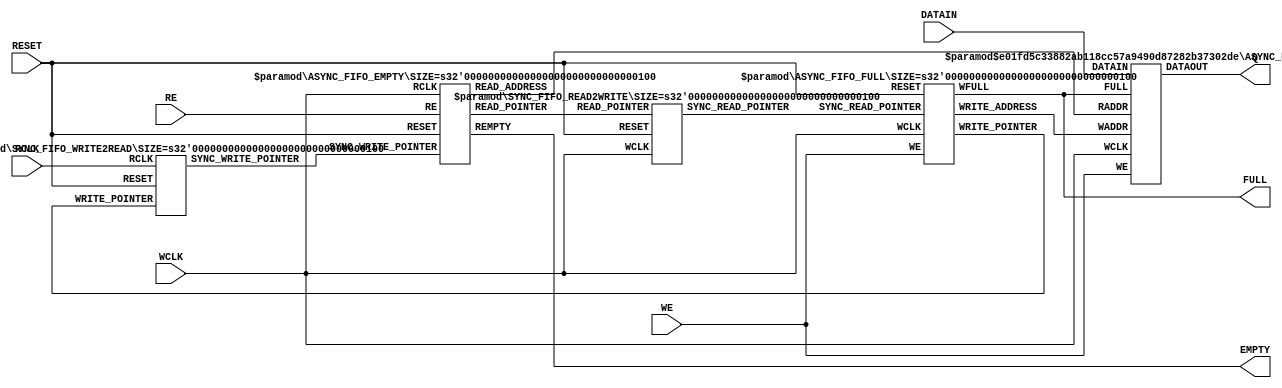
module AsyncFIFO #(
    parameter
        BITS = 8,
        SIZE = 4
) (
    input  wire            RCLK, WCLK, RESET,
    input  wire            WE, RE,
    input  wire [BITS-1:0] DATAIN,
    output wire [BITS-1:0] Q,
    output wire            FULL, EMPTY 
);
/*
Description

    
    

    Parameter 
        None

    in : CLOCK      
    in : NRESET     
    in : SCYCLE     ?
    in : LIMIT      
    out: OUT        
*/

// 
// ----------------------------------------------
wire [SIZE-1:0] WADDR, RADDR;
wire [SIZE:0]   WRITE_POINTER, READ_POINTER, SYNC_WRITE_POINTER, SYNC_READ_POINTER;
ASYNC_FIFO_FULL      #(.SIZE(SIZE))              uFull  (.WCLK(WCLK), .RESET(RESET), .WE(WE), .SYNC_READ_POINTER(SYNC_READ_POINTER), .WRITE_ADDRESS(WADDR), .WRITE_POINTER(WRITE_POINTER), .WFULL(FULL)); 
ASYNC_FIFO_EMPTY     #(.SIZE(SIZE))              uEmpty (.RCLK(WCLK), .RESET(RESET), .RE(RE), .SYNC_WRITE_POINTER(SYNC_WRITE_POINTER), .READ_ADDRESS(RADDR), .READ_POINTER(READ_POINTER), .REMPTY(EMPTY));
SYNC_FIFO_READ2WRITE #(.SIZE(SIZE))              uSyncW (.WCLK(WCLK), .RESET(RESET), .READ_POINTER(READ_POINTER), .SYNC_READ_POINTER(SYNC_READ_POINTER));
SYNC_FIFO_WRITE2READ #(.SIZE(SIZE))              uSyncR (.RCLK(RCLK), .RESET(RESET), .WRITE_POINTER(WRITE_POINTER), .SYNC_WRITE_POINTER(SYNC_WRITE_POINTER));
ASYNC_FIFO_MEMORY    #(.BITS(BITS), .SIZE(SIZE)) uMem   (.WCLK(WCLK), .WE(WE), .FULL(FULL), .WADDR(WADDR), .RADDR(RADDR), .DATAIN(DATAIN), .DATAOUT(Q));

endmodule

module ASYNC_FIFO_FULL #(
    parameter
        SIZE = 4
) (
    input  wire            WCLK, RESET,
    input  wire            WE,
    input  wire [SIZE:0]   SYNC_READ_POINTER,
    output wire [SIZE-1:0] WRITE_ADDRESS,
    output reg  [SIZE:0]   WRITE_POINTER,
    output reg             WFULL
);
    reg  [SIZE:0] writeBin = 0;
    wire [SIZE:0] writeBinNext, writeGrayNext;
    wire   fullFlag = (writeGrayNext == ({~SYNC_READ_POINTER[SIZE:SIZE-1], SYNC_READ_POINTER[SIZE-2:0]}));
    assign WRITE_ADDRESS = writeBin[SIZE-1:0];
    assign writeBinNext = writeBin + (WE & ~WFULL);
    assign writeGrayNext = (writeBinNext >> 1) ^ writeBinNext;
    always @(posedge WCLK, negedge RESET) begin
        if (~RESET) begin
            WFULL <= 0;
            {writeBin, WRITE_POINTER} <= 0;
        end else begin
            WFULL <= fullFlag;
            {writeBin, WRITE_POINTER} <= {writeBinNext, writeGrayNext};
        end
    end
endmodule

module ASYNC_FIFO_EMPTY #(
    parameter
        SIZE = 4
) (
    input  wire            RCLK, RESET,
    input  wire            RE,
    input  wire [SIZE:0]   SYNC_WRITE_POINTER,
    output wire [SIZE-1:0] READ_ADDRESS,
    output reg  [SIZE:0]   READ_POINTER,
    output reg             REMPTY
);
    reg  [SIZE:0] readBin = 0;
    wire [SIZE:0] readBinNext, readGrayNext;
    wire   readFlag = (readGrayNext == SYNC_WRITE_POINTER);
    assign READ_ADDRESS = readBin[SIZE-1:0];
    assign readBinNext  = readBin + (RE & ~REMPTY);
    assign readGrayNext = (readBinNext >> 1) ^ readBinNext;
    always @(posedge RCLK, negedge RESET) begin
        if (~RESET) begin
            REMPTY <= 1;
            {readBin, READ_POINTER} <= 0;
        end else begin
            REMPTY <= readFlag;
            {readBin, READ_POINTER} <= {readBinNext, readGrayNext};
        end
    end
endmodule

module ASYNC_FIFO_MEMORY #(
    parameter
        BITS = 8,
        SIZE = 4
) (
    input  wire            WCLK, WE, FULL, 
    input  wire [SIZE-1:0] WADDR, RADDR,
    input  wire [BITS-1:0] DATAIN,
    output wire [BITS-1:0] DATAOUT
);
    localparam DEPTH = 1 << SIZE;
    reg [BITS-1:0] mem [DEPTH-1:0];
    assign DATAOUT = mem[RADDR];
    always @(posedge WCLK) begin
        if (WE && ~FULL) begin
            mem[WADDR] <= DATAIN;
        end
    end
endmodule

module SYNC_FIFO_WRITE2READ #(
    parameter
        SIZE = 4
) (
    input  wire          RCLK, RESET,
    input  wire [SIZE:0] WRITE_POINTER,
    output reg  [SIZE:0] SYNC_WRITE_POINTER
);
    reg [SIZE:0] FF;
    always @(posedge RCLK, negedge RESET) begin
        if (~RESET) begin
            {SYNC_WRITE_POINTER, FF} <= 0;
        end else begin
            {SYNC_WRITE_POINTER, FF} <= {FF, WRITE_POINTER};
            // SYNC_WRITE_POINTER <= WRITE_POINTER;
        end
    end
endmodule

module SYNC_FIFO_READ2WRITE #(
    parameter
        SIZE = 4
) (
    input  wire          WCLK, RESET,
    input  wire [SIZE:0] READ_POINTER,
    output reg  [SIZE:0] SYNC_READ_POINTER
);
    reg [SIZE:0] FF;
    always @(posedge WCLK, negedge RESET) begin
        if (~RESET) begin
            {SYNC_READ_POINTER, FF} <= 0;
        end else begin
            {SYNC_READ_POINTER, FF} <= {FF, READ_POINTER};
            // SYNC_READ_POINTER <= READ_POINTER;
        end
    end
endmodule

// module ASYNCFIFO #(
//     parameter
//         BITS = 8,
//         SIZE = 4
// ) (
//     input  wire            RCLK, WCLK, RESET,
//     input  wire            WE, RE,
//     input  wire [BITS-1:0] DATAIN,
//     output wire [BITS-1:0] Q,
//     output wire            FULL, EMPTY
// );
//     wire [SIZE-1:0] WADDR, RADDR;
//     wire [SIZE:0]   WRITE_POINTER, READ_POINTER, SYNC_WRITE_POINTER, SYNC_READ_POINTER;
//     ASYNC_FIFO_FULL      #(.SIZE(SIZE))              uFull  (.WCLK(WCLK), .RESET(RESET), .WE(WE), .SYNC_READ_POINTER(SYNC_READ_POINTER), .WRITE_ADDRESS(WADDR), .WRITE_POINTER(WRITE_POINTER), .WFULL(FULL)); 
//     ASYNC_FIFO_EMPTY     #(.SIZE(SIZE))              uEmpty (.RCLK(WCLK), .RESET(RESET), .RE(RE), .SYNC_WRITE_POINTER(SYNC_WRITE_POINTER), .READ_ADDRESS(RADDR), .READ_POINTER(READ_POINTER), .REMPTY(EMPTY));
//     SYNC_FIFO_READ2WRITE #(.SIZE(SIZE))              uSyncW (.WCLK(WCLK), .RESET(RESET), .READ_POINTER(READ_POINTER), .SYNC_READ_POINTER(SYNC_READ_POINTER));
//     SYNC_FIFO_WRITE2READ #(.SIZE(SIZE))              uSyncR (.RCLK(RCLK), .RESET(RESET), .WRITE_POINTER(WRITE_POINTER), .SYNC_WRITE_POINTER(SYNC_WRITE_POINTER));
//     ASYNC_FIFO_MEMORY    #(.BITS(BITS), .SIZE(SIZE)) uMem   (.WCLK(WCLK), .WE(WE), .FULL(FULL), .WADDR(WADDR), .RADDR(RADDR), .DATAIN(DATAIN), .DATAOUT(Q));
// endmodule

// module ASYNC_FIFO_FULL #(
//     parameter
//         SIZE = 4
// ) (
//     input  wire            WCLK, RESET,
//     input  wire            WE,
//     input  wire [SIZE:0]   SYNC_READ_POINTER,
//     output wire [SIZE-1:0] WRITE_ADDRESS,
//     output reg  [SIZE:0]   WRITE_POINTER,
//     output reg             WFULL
// );
//     reg  [SIZE:0] writeBin = 0;
//     wire [SIZE:0] writeBinNext, writeGrayNext;
//     wire   fullFlag = (writeGrayNext == ({~SYNC_READ_POINTER[SIZE:SIZE-1], SYNC_READ_POINTER[SIZE-2:0]}));
//     assign WRITE_ADDRESS = writeBin[SIZE-1:0];
//     assign writeBinNext = writeBin + (WE & ~WFULL);
//     assign writeGrayNext = (writeBinNext >> 1) ^ writeBinNext;
//     always @(posedge WCLK, negedge RESET) begin
//         if (~RESET) begin
//             WFULL <= 0;
//             {writeBin, WRITE_POINTER} <= 0;
//         end else begin
//             WFULL <= fullFlag;
//             {writeBin, WRITE_POINTER} <= {writeBinNext, writeGrayNext};
//         end
//     end
// endmodule

// module ASYNC_FIFO_EMPTY #(
//     parameter
//         SIZE = 4
// ) (
//     input  wire            RCLK, RESET,
//     input  wire            RE,
//     input  wire [SIZE:0]   SYNC_WRITE_POINTER,
//     output wire [SIZE-1:0] READ_ADDRESS,
//     output reg  [SIZE:0]   READ_POINTER,
//     output reg             REMPTY
// );
//     reg  [SIZE:0] readBin = 0;
//     wire [SIZE:0] readBinNext, readGrayNext;
//     wire   readFlag = (readGrayNext == SYNC_WRITE_POINTER);
//     assign READ_ADDRESS = readBin[SIZE-1:0];
//     assign readBinNext  = readBin + (RE & ~REMPTY);
//     assign readGrayNext = (readBinNext >> 1) ^ readBinNext;
//     always @(posedge RCLK, negedge RESET) begin
//         if (~RESET) begin
//             REMPTY <= 1;
//             {readBin, READ_POINTER} <= 0;
//         end else begin
//             REMPTY <= readFlag;
//             {readBin, READ_POINTER} <= {readBinNext, readGrayNext};
//         end
//     end
// endmodule

// module ASYNC_FIFO_MEMORY #(
//     parameter
//         BITS = 8,
//         SIZE = 4
// ) (
//     input  wire            WCLK, WE, FULL, 
//     input  wire [SIZE-1:0] WADDR, RADDR,
//     input  wire [BITS-1:0] DATAIN,
//     output wire [BITS-1:0] DATAOUT
// );
//     localparam DEPTH = 1 << SIZE;
//     reg [BITS-1:0] mem [DEPTH-1:0];
//     assign DATAOUT = mem[RADDR];
//     always @(posedge WCLK) begin
//         if (WE && ~FULL) begin
//             mem[WADDR] <= DATAIN;
//         end
//     end
// endmodule

// module SYNC_FIFO_WRITE2READ #(
//     parameter
//         SIZE = 4
// ) (
//     input  wire          RCLK, RESET,
//     input  wire [SIZE:0] WRITE_POINTER,
//     output reg  [SIZE:0] SYNC_WRITE_POINTER
// );
//     reg [SIZE:0] FF;
//     always @(posedge RCLK, negedge RESET) begin
//         if (~RESET) begin
//             {SYNC_WRITE_POINTER, FF} <= 0;
//         end else begin
//             {SYNC_WRITE_POINTER, FF} <= {FF, WRITE_POINTER};
//             // SYNC_WRITE_POINTER <= WRITE_POINTER;
//         end
//     end
// endmodule

// module SYNC_FIFO_READ2WRITE #(
//     parameter
//         SIZE = 4
// ) (
//     input  wire          WCLK, RESET,
//     input  wire [SIZE:0] READ_POINTER,
//     output reg  [SIZE:0] SYNC_READ_POINTER
// );
//     reg [SIZE:0] FF;
//     always @(posedge WCLK, negedge RESET) begin
//         if (~RESET) begin
//             {SYNC_READ_POINTER, FF} <= 0;
//         end else begin
//             {SYNC_READ_POINTER, FF} <= {FF, READ_POINTER};
//             // SYNC_READ_POINTER <= READ_POINTER;
//         end
//     end
// endmodule